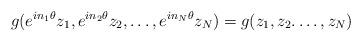
LaTeX: \begin{align*}g(e^{in_1\theta} z_1, e^{in_2\theta} z_2, \dots , e^{in_N\theta} z_N) = g( z_1, z_2.\dots,z_N) \end{align*}